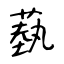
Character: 蓺